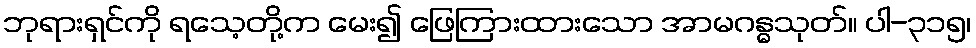
ဘုရားရှင်ကို ရသေ့တို့က မေး၍ ဖြေကြားထားသော အာမဂန္ဓသုတ်။ ပါ-၃၁၅၊